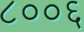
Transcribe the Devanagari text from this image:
८००६